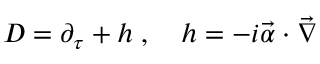
D = \partial _ { \tau } + h \; , \quad h = - i { \vec { \alpha } \cdot \vec { \nabla } }